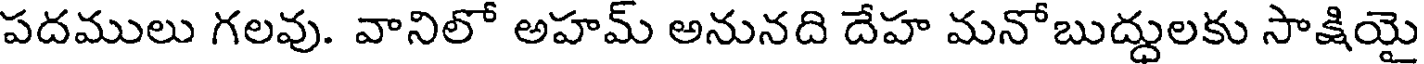
పదములు గలవు. వానిలో అహమ్ అనునది దేహ మనోబుద్దులకు సాక్షియై